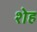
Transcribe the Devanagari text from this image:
शेह